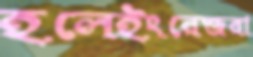
হলেইংরেজরা